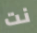
نت